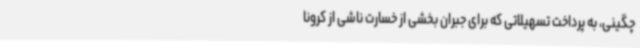
چگینی، به پرداخت تسهیلاتی که برای جبران بخشی از خسارت ناشی از کرونا